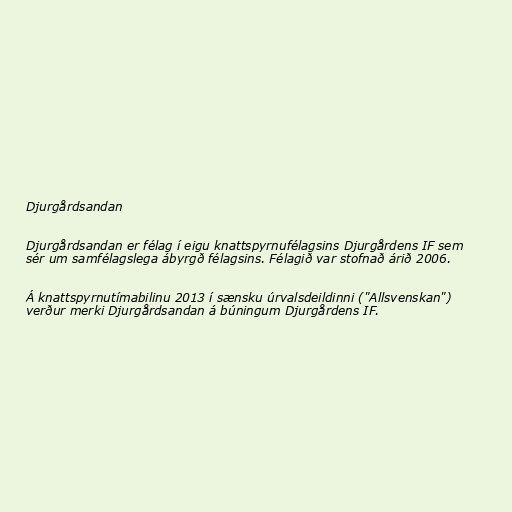
Djurgårdsandan

Djurgårdsandan er félag í eigu knattspyrnufélagsins Djurgårdens IF sem
sér um samfélagslega ábyrgð félagsins. Félagið var stofnað árið 2006.

Á knattspyrnutímabilinu 2013 í sænsku úrvalsdeildinni ("Allsvenskan")
verður merki Djurgårdsandan á búningum Djurgårdens IF.